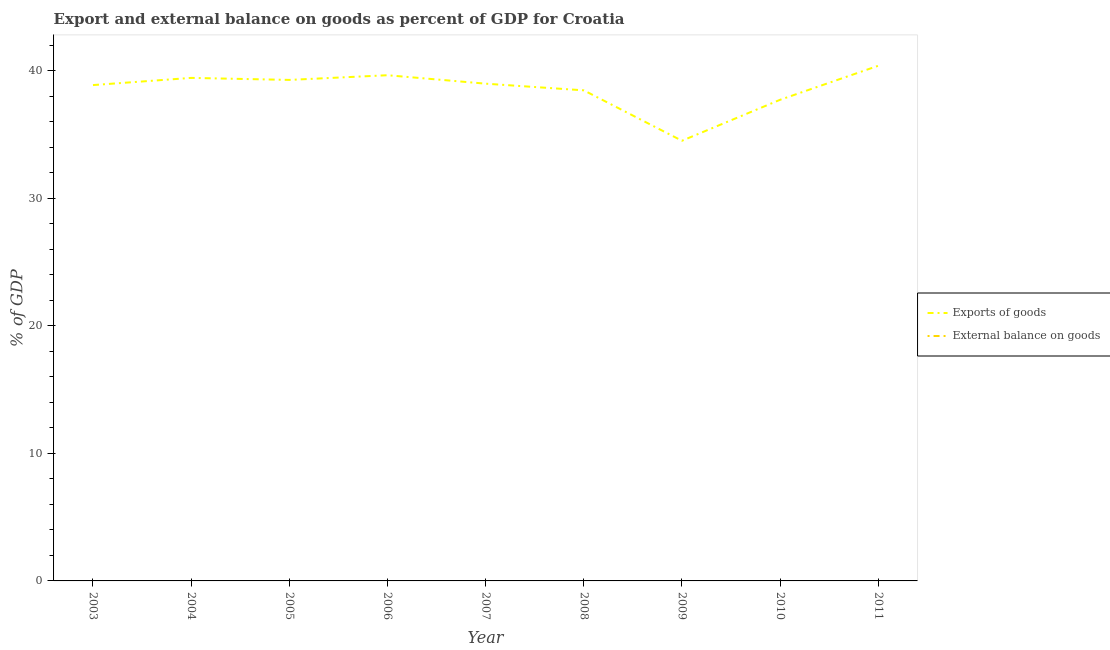
| Year | Exports of goods | External balance on goods |
 | --- | --- | --- |
 | 2003 | 38.9 | -7.44 |
 | 2004 | 39.5 | -6.02 |
 | 2005 | 39.3 | -6.14 |
 | 2006 | 39.7 | -6.74 |
 | 2007 | 39 | -7.27 |
 | 2008 | 38.5 | -8.04 |
 | 2009 | 34.5 | -3.72 |
 | 2010 | 37.7 | -0.423 |
 | 2011 | 40.4 | -0.462 |